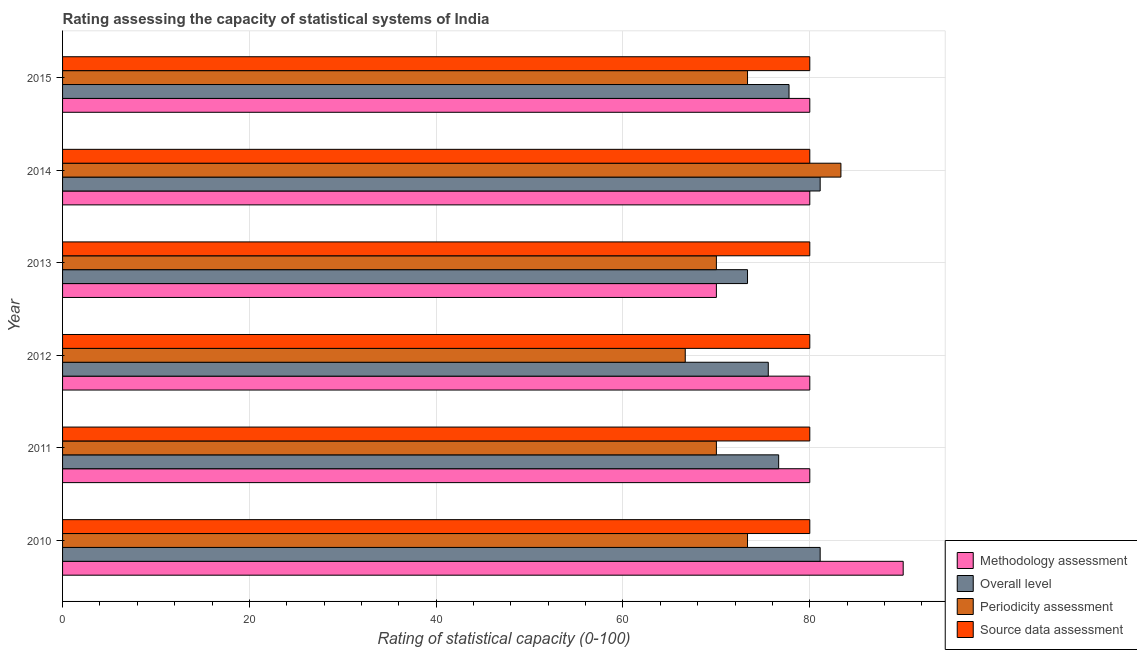
| Year | Methodology assessment | Overall level | Periodicity assessment | Source data assessment |
 | --- | --- | --- | --- | --- |
 | 2010 | 90 | 81.1 | 73.3 | 80 |
 | 2011 | 80 | 76.7 | 70 | 80 |
 | 2012 | 80 | 75.6 | 66.7 | 80 |
 | 2013 | 70 | 73.3 | 70 | 80 |
 | 2014 | 80 | 81.1 | 83.3 | 80 |
 | 2015 | 80 | 77.8 | 73.3 | 80 |